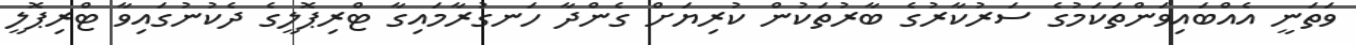
ވަތަނީ އެއްބައިވަންތަކަމުގެ ސަރުކާރުގެ ބާރުތަކުން ކުރިޔަށް ގެންދާ ހަނގުރާމައިގާ ޓްރިޕޮލީގެ ދެކުނުގައިވާ ޓްރިޕޮލީ